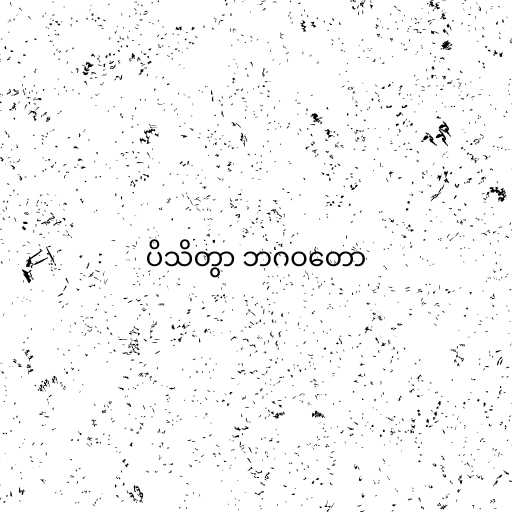
ပိသိတွာ ဘဂဝတော